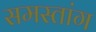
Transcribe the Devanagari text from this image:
समस्तांग